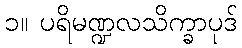
၁။ ပရိမဏ္ဍလသိက္ခာပုဒ်